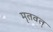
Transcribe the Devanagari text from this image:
मृतवत्